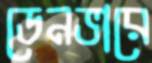
ডেনভারে